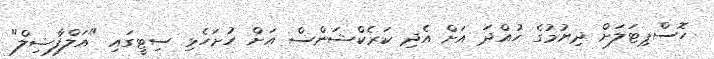
ހޮސްޕިޓަލަށް ދިޔުމުގެ ހުއްދަ އަށް އެދި ކަރެކްޝަންސް އަށް ހުށަހެޅި ސިޓީގައި "އަލްފާޟިލް"